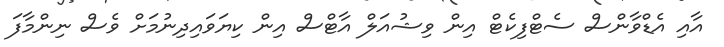
އާއި އެޑްވާންސް ސެޓްފިކެޓް އިން ވިޝުއަލް އާޓްސް އިން ކިޔަވައިދިނުމަށް ވެސް ނިންމާފަ